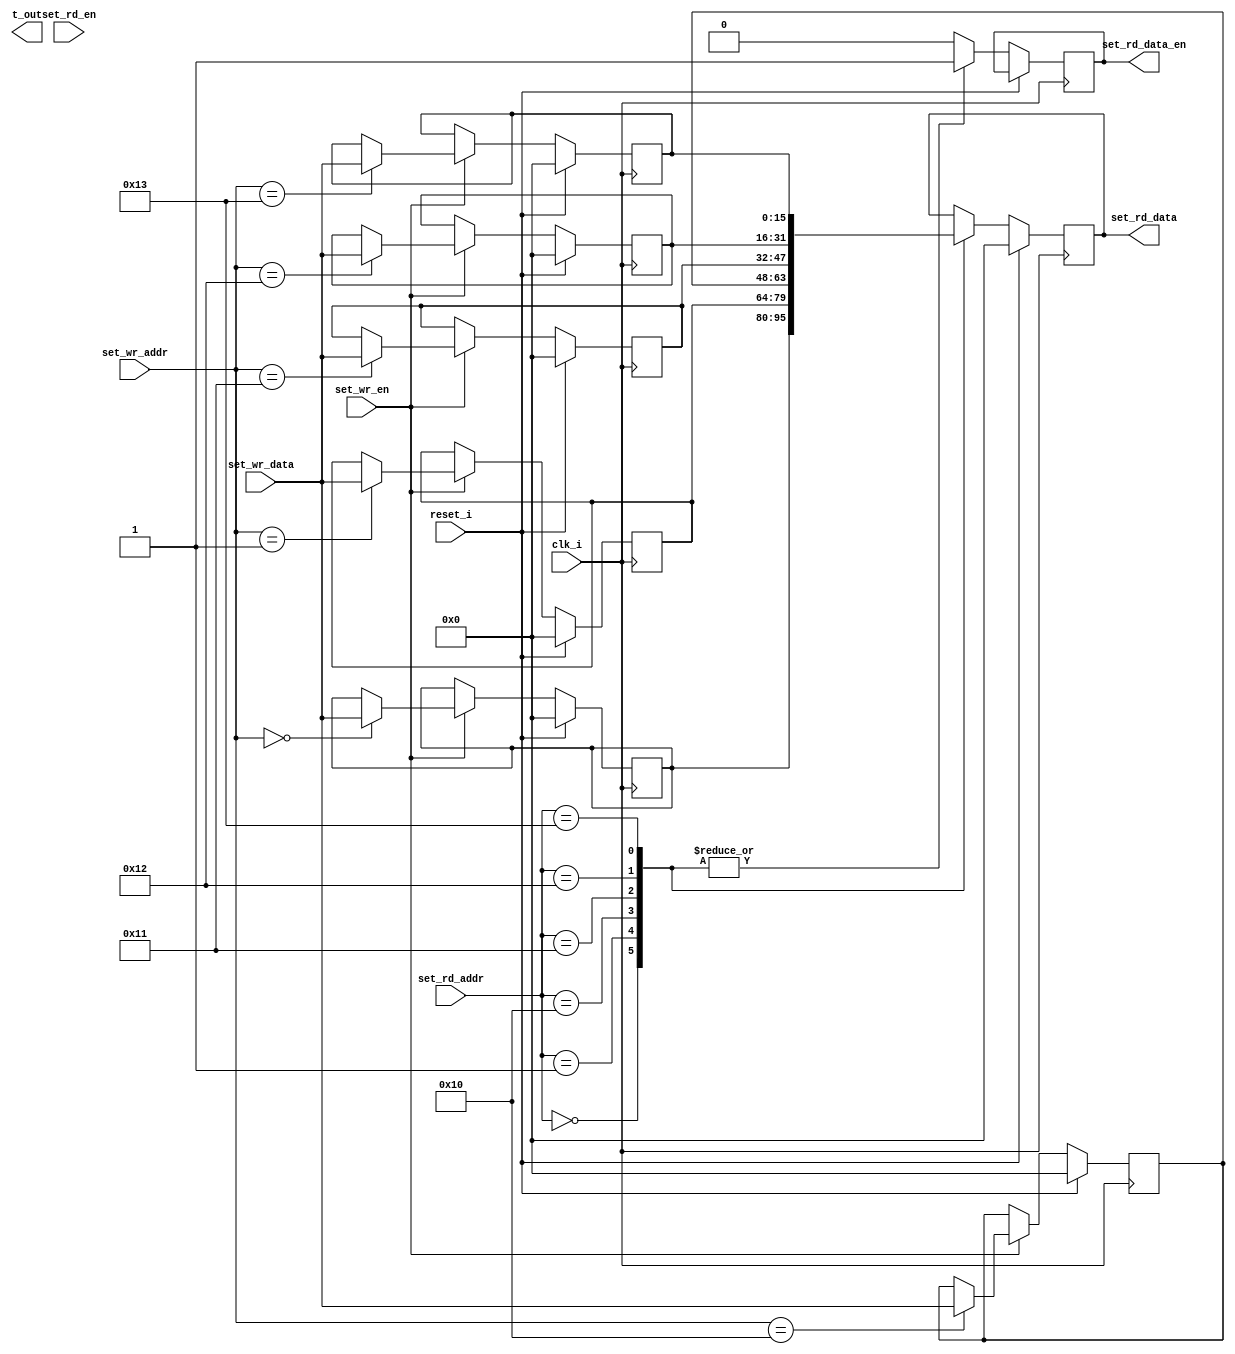

	`timescale 1ns/1ps

	module header(
			input											clk_i		,
			input											reset_i	,	// not use
						
			input											set_wr_en		            ,
			input					[15:0]				set_wr_addr	            ,
			input					[15:0]				set_wr_data	            ,
									
			input											set_rd_en		            ,
			input					[15:0]				set_rd_addr	            ,
			output	reg		[15:0]				set_rd_data	            ,
			output	reg								set_rd_data_en			,

			output									t_out
	) ;
	
	parameter Sim_Mode = 0 ;
	
	parameter	[15:0]	ADDR_STATUS		=	16'H0000	;
	parameter	[15:0]	ADDR_NRESET		=	16'H0001	;
	parameter	[15:0]	ADDR_JETNUM		=	16'H0010	;
	
	parameter	[15:0]	ADDR_STADDR		=	16'H0011	;
	parameter	[15:0]	ADDR_DATAROW	=	16'H0012	;
	parameter	[15:0]	ADDR_DATACOL		=	16'H0013	;
	
	reg	[15:0]		cpldStatus = 0 ;
	reg	[15:0]		nResetLogic = 0 ;
	reg	[15:0]		jetNum = 0 ;
	reg	[15:0]		dataStAddr = 0 ;
	reg	[15:0]		dataRow = 0 ;
	reg	[15:0]		dataCol = 0 ;
	always @(posedge clk_i) begin
		if(reset_i) begin
			cpldStatus 			<= #1 0 		;
			nResetLogic 		<= #1 0 		;
			jetNum 				<= #1 0 		;
			dataStAddr 		<= #1 0 		;
			dataRow 			<= #1 0 		;
			dataCol 				<= #1 0 		;
		end
		else if(set_wr_en)	begin // write
			case(set_wr_addr)
				ADDR_STATUS		: cpldStatus 		<= #1	set_wr_data     ; 
				ADDR_NRESET		: nResetLogic 	<= #1	set_wr_data     ; 
				ADDR_JETNUM		: jetNum 			<= #1	set_wr_data     ; 
				ADDR_STADDR		: dataStAddr 	<= #1	set_wr_data     ; 
				ADDR_DATAROW	: dataRow 			<= #1	set_wr_data     ; 
				ADDR_DATACOL		: dataCol 			<= #1	set_wr_data     ; 
				default		:	;
			endcase
		end
	end
	
	always @(posedge clk_i) begin
		if(reset_i)
			set_rd_data <= #1 0 ;
		else 
			case(set_rd_addr)
				ADDR_STATUS		:		begin set_rd_data <= #1	cpldStatus 			;		set_rd_data_en <= #1 1 ;	end
				ADDR_NRESET		:		begin set_rd_data <= #1	nResetLogic 		;		set_rd_data_en <= #1 1 ;	end
				ADDR_JETNUM		:		begin set_rd_data <= #1	jetNum 				;		set_rd_data_en <= #1 1 ;	end
				ADDR_STADDR		:		begin set_rd_data <= #1	dataStAddr 		;		set_rd_data_en <= #1 1 ;	end
				ADDR_DATAROW	:		begin set_rd_data <= #1	dataRow 			;		set_rd_data_en <= #1 1 ;	end
				ADDR_DATACOL		:		begin set_rd_data <= #1	dataCol 				;		set_rd_data_en <= #1 1 ;	end
				default	:	set_rd_data_en <= #1 0 ;
			endcase
	end
	
	
	
	
	
	endmodule